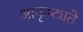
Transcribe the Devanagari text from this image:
आकृष्ट्यते